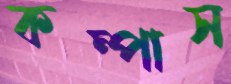
কম্পাস